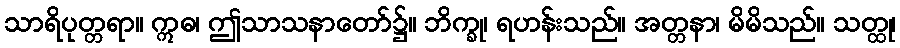
သာရိပုတ္တရာ။ ဣဓ၊ ဤသာသနာတော်၌။ ဘိက္ခု၊ ရဟန်းသည်။ အတ္တနာ၊ မိမိသည်။ သတ္ထု၊